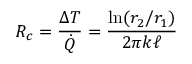
R _ { c } = { \frac { \Delta T } { \dot { Q } } } = { \frac { \ln ( r _ { 2 } / r _ { 1 } ) } { 2 \pi k \ell } }